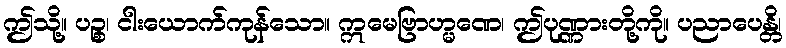
ဤသို့။ ပဉ္စ၊ ငါးယောက်ကုန်သော။ ဣမေဗြာဟ္မဏေ၊ ဤပုဏ္ဏားတို့ကို။ ပညာပေန္တိ၊